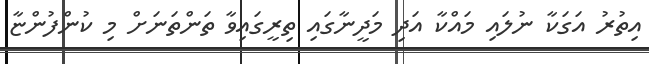
އިތުރު އަގަކާ ނުލައި މައްކާ އަދި މަދީނާގައި ތިރީގައިވާ ތަންތަނަށް މި ކުންފުންޏާ